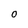
Character: O